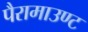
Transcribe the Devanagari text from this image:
पैरामाउण्ट